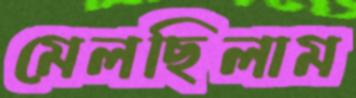
মেলছিলাম